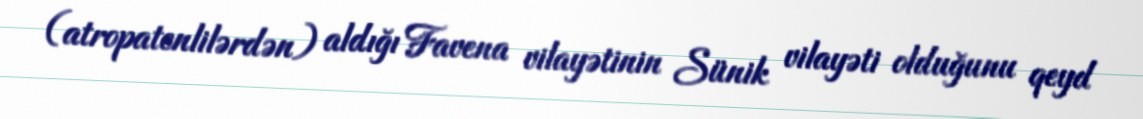
(atropatenlilərdən) aldığı Favena vilayətinin Sünik vilayəti olduğunu qeyd